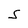
Character: S